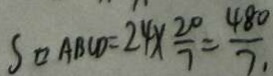
S _ { \square A B C D } = 2 4 \times \frac { 2 0 } { 7 } = \frac { 4 8 0 } { 7 . }